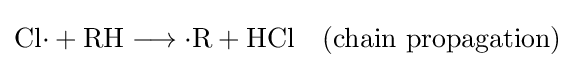
\mathrm {Cl{\cdot }+RH\longrightarrow {\cdot }R+HCl\quad (chain\ propagation)}